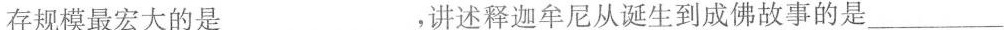
存规模最宏大的是___，讲述释迦牟尼从诞生到成佛故事的是___，